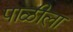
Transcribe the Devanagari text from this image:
पाळीला